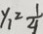
y _ { 1 } \geqslant \frac { 1 } { 4 }